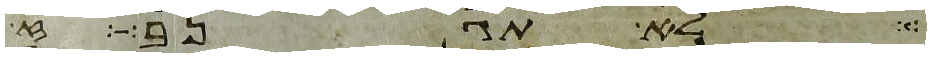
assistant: לא תגנב